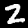
Digit: 2